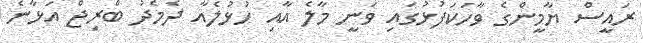
ރައީސް ޔާމީންގެ ވާހަކަފުޅުގައި ވަނީ މާލެ އާއި ހުޅުލެއާ ދެމެދު ބްރިޖް އަޅާނެ